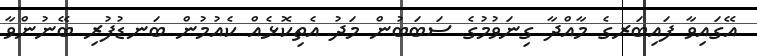
އޭގައިވާ ފައިބަރގެ މާއްދާ ގިނަވުމުގެ ސަބަބުން މަދު އެތިކޮޅެއް ކެއުމުން ބަނޑުފުރި ބޭނުންވާ